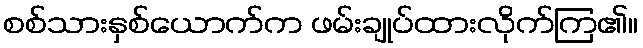
စစ်သားနှစ်ယောက်က ဖမ်းချုပ်ထားလိုက်ကြ၏။